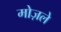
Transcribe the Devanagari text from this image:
मोज़ले